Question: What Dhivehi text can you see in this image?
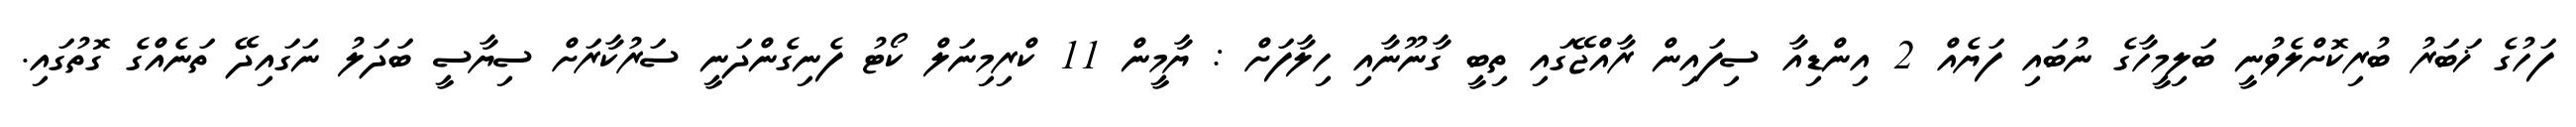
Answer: ފަހުގެ ޚަބަރު ބުރިކޮށްލެވުނީ ބަލިމީހާގެ ނުބައި ފަޔެއް 2 އިންޑިއާ ސިފައިން ރާއްޖޭގައި ތިބީ ގާނޫނާއި ހިލާފަށް : ޔާމީން 11 ކްރިމިނަލް ކޯޓު ފެނިގެންދަނީ ސަރުކާރަށް ސިޔާސީ ބަދަލު ނަގައިދޭ ތަނެއްގެ ގޮތުގައި.